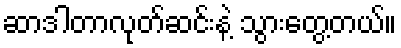
ဆာဒါတာလုတ်ဆင်းနဲ့ သွားတွေ့တယ်။